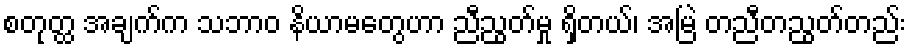
စတုတ္ထ အချက်က သဘာဝ နိယာမတွေဟာ ညီညွတ်မှု ရှိတယ်၊ အမြဲ တညီတညွတ်တည်း